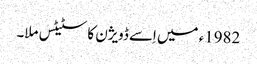
1982ء میں اِسے ڈویژن کا سٹیٹس ملا۔